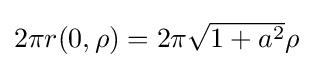
\textstyle 2\pi r(0,\rho )=2\pi {\sqrt {1+a^{2}}}\rho